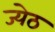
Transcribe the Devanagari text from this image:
ज्येठ